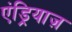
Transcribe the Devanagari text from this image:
एंड्रियाज़